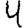
Digit: 4